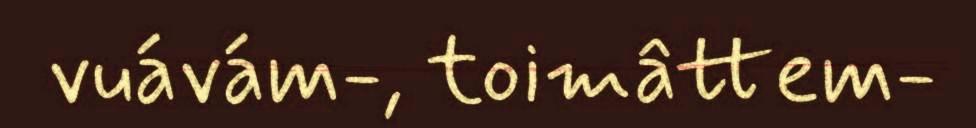
vuávám-, toimâttem-